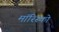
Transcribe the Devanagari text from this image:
मॉरिस्को